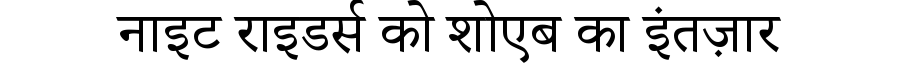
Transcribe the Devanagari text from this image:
नाइट राइडर्स को शोएब का इंतज़ार